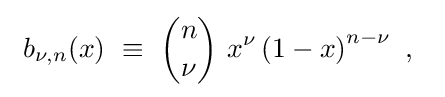
\ b_{\nu ,n}(x)\ \equiv \ {\binom {n}{\nu }}\ x^{\nu }\left(1-x\right)^{n-\nu }\ ,~~